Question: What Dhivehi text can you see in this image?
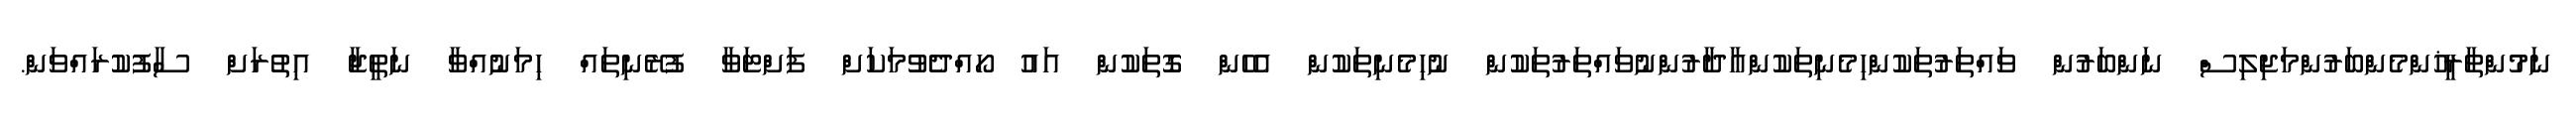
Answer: ނަމުންތާރީޚުންމެންބަރުންމަޖިލިސް ނަންބަރުން ވައްތަރުތަކުންހިމެނިތަކުންއާދާރުންނުވައްތަރުތަކުން ނުހިމެނިތަކުން އެހެން ގޮތަކުން އައު ހޯއްދެވުމަކަށް ފަށްޓަވާ ފުރޭނިތައް ހިމަނުއްވާ ނަތީޖާ އިތުރަށް ސާފުކުރައްވަން.